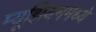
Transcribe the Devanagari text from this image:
म्यूझियममध्ये